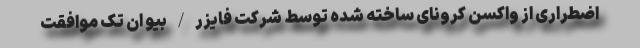
اضطراری از واکسن کرونای ساخته شده توسط شرکت فایزر/بیو ان تک موافقت